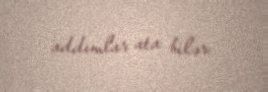
addımlar ata bilər.